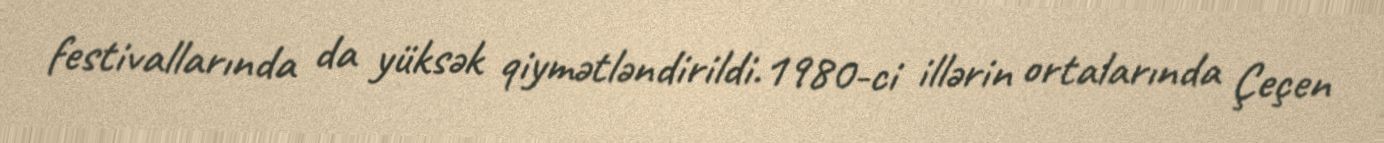
festivallarında da yüksək qiymətləndirildi.1980-ci illərin ortalarında Çeçen